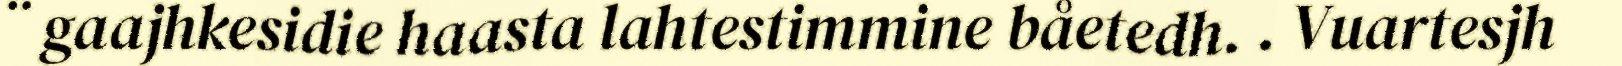
¨ gaajhkesidie haasta lahtestimmine båetedh. . Vuartesjh